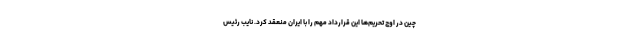
چین در اوج تحریم‌ها این قرارداد مهم را با ایران منعقد کرد. نایب رئیس